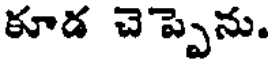
కూడ చెప్పెను.